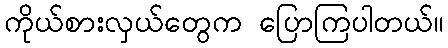
ကိုယ်စားလှယ်တွေက ပြောကြပါတယ်။